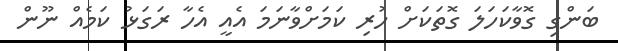
ބަންގި ގޮވާކަހަލަ ގޮތަކަށް ހުރި ކަމަށްވާނަމަ އެއީ އެހާ ރަގަޅު ކަމެއް ނޫން